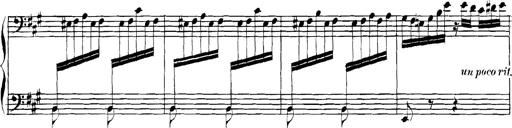
Title: Spinnerlied aus dem Fliegenden HollÃ¤nder
Composer: Franz Liszt